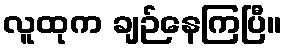
လူထုက ချဉ်နေကြပြီ။